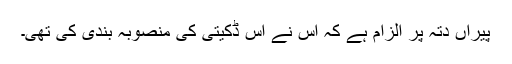
پیراں دتہ پر الزام ہے کہ اس نے اس ڈکیتی کی منصوبہ بندی کی تھی۔